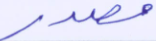
مصدر